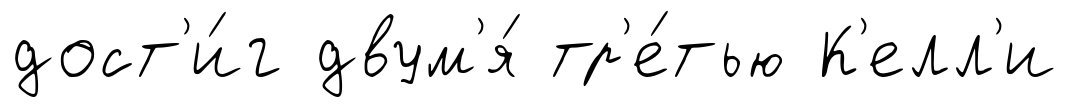
дост'и́г двум'я́ тр'е́тью К'елл'и